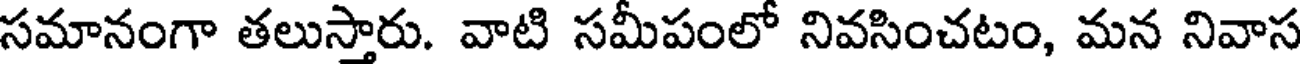
సమానంగా తలుస్తారు. వాటి సమీపంలో నివసించటం, మన నివాస